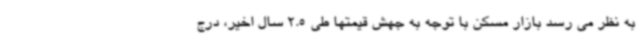
به نظر می رسد بازار مسکن با توجه به جهش قیمتها طی 2.5 سال اخیر، درج